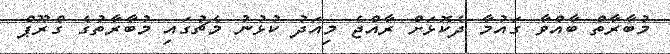
މުބާރާތް ބާއްވާ ގައުމާ ދެކޮޅަށް ރާއްޖެ މިއަދު ކުޅުނު މެޗުގައި މުބާރާތުގެ ގްރޫޕް